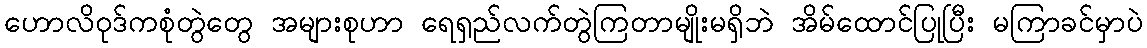
ဟောလိဝုဒ်ကစုံတွဲတွေ အများစုဟာ ရေရှည်လက်တွဲကြတာမျိုးမရှိဘဲ အိမ်ထောင်ပြုပြီး မကြာခင်မှာပဲ